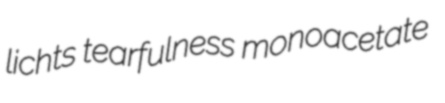
lichts tearfulness monoacetate